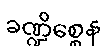
ခဏ္ဍိစ္စေန